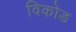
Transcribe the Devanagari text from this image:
विकोड